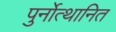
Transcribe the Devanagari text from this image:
पुर्नोत्थानित